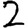
Digit: 2